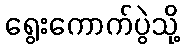
ရွေးကောက်ပွဲသို့